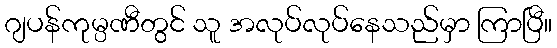
ဂျပန်ကုမ္ပဏီတွင် သူ အလုပ်လုပ်နေသည်မှာ ကြာပြီ။